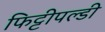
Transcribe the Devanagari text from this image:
फिट्टीपल्डी